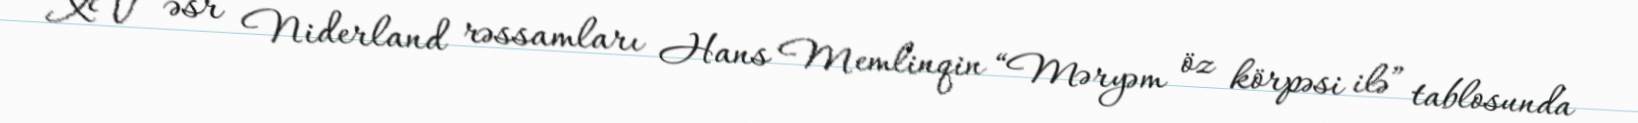
XV əsr Niderland rəssamları Hans Memlinqin “Məryəm öz körpəsi ilə” tablosunda